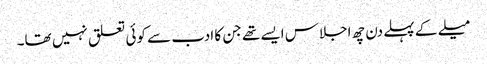
میلے کے پہلے دن چھ اجلاس ایسے تھے جن کا ادب سے کوئی تعلق نہیں تھا۔